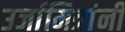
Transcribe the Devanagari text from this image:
उर्जामित्रांनी